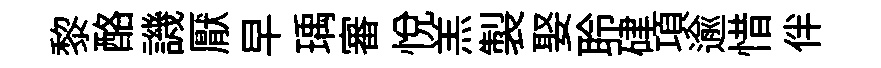
黎酪譏厭早瑀審悅羔製娶聆硉項逾惜伴